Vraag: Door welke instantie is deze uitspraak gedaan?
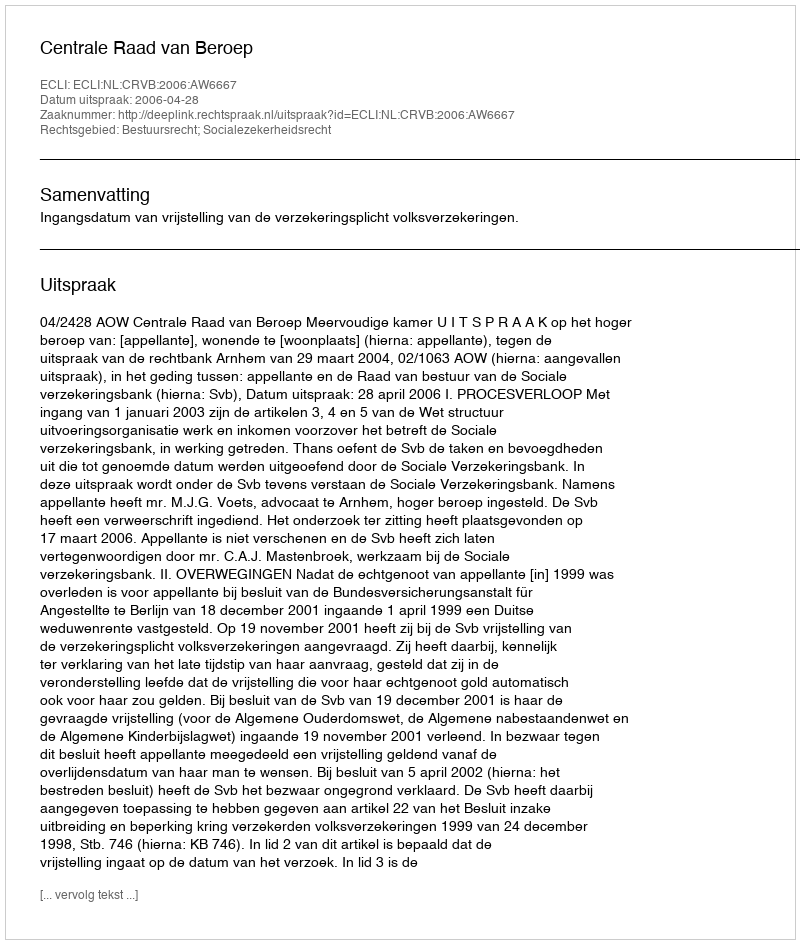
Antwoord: Centrale Raad van Beroep